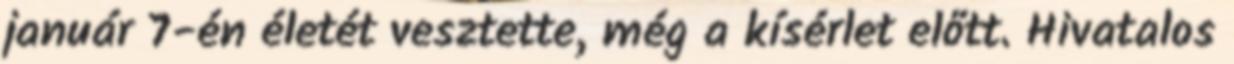
január 7-én életét vesztette, még a kísérlet előtt. Hivatalos